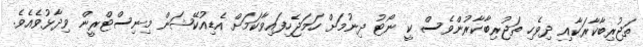
ތަޖުރިބާކާރަކާއި ދިވެހި ތަޖުރިބާކާރުންވެސް ކީ ނޯޓު ދިނުމަށް ހަމަޖެހިފައިވާކަމަށް އެޑިއުކޭޝަން މިނިސްޓްރީން ވިދާޅުވެއެވެ.